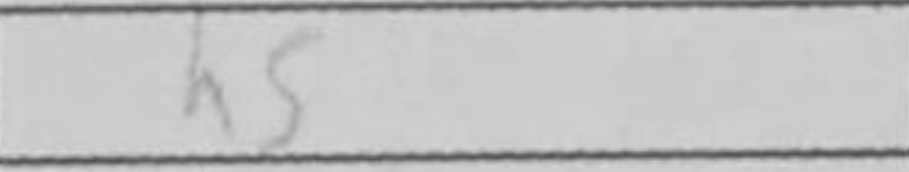
Transcription: h5